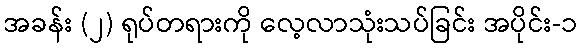
အခန်း (၂) ရုပ်တရားကို လေ့လာသုံးသပ်ခြင်း အပိုင်း-၁